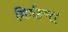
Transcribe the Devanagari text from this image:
निर्वहण।